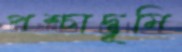
পশ্চাদ্‌ভূমি